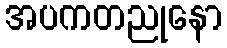
အပကတညုနော